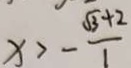
x > - \frac { \sqrt { 3 } + 2 } { 1 }